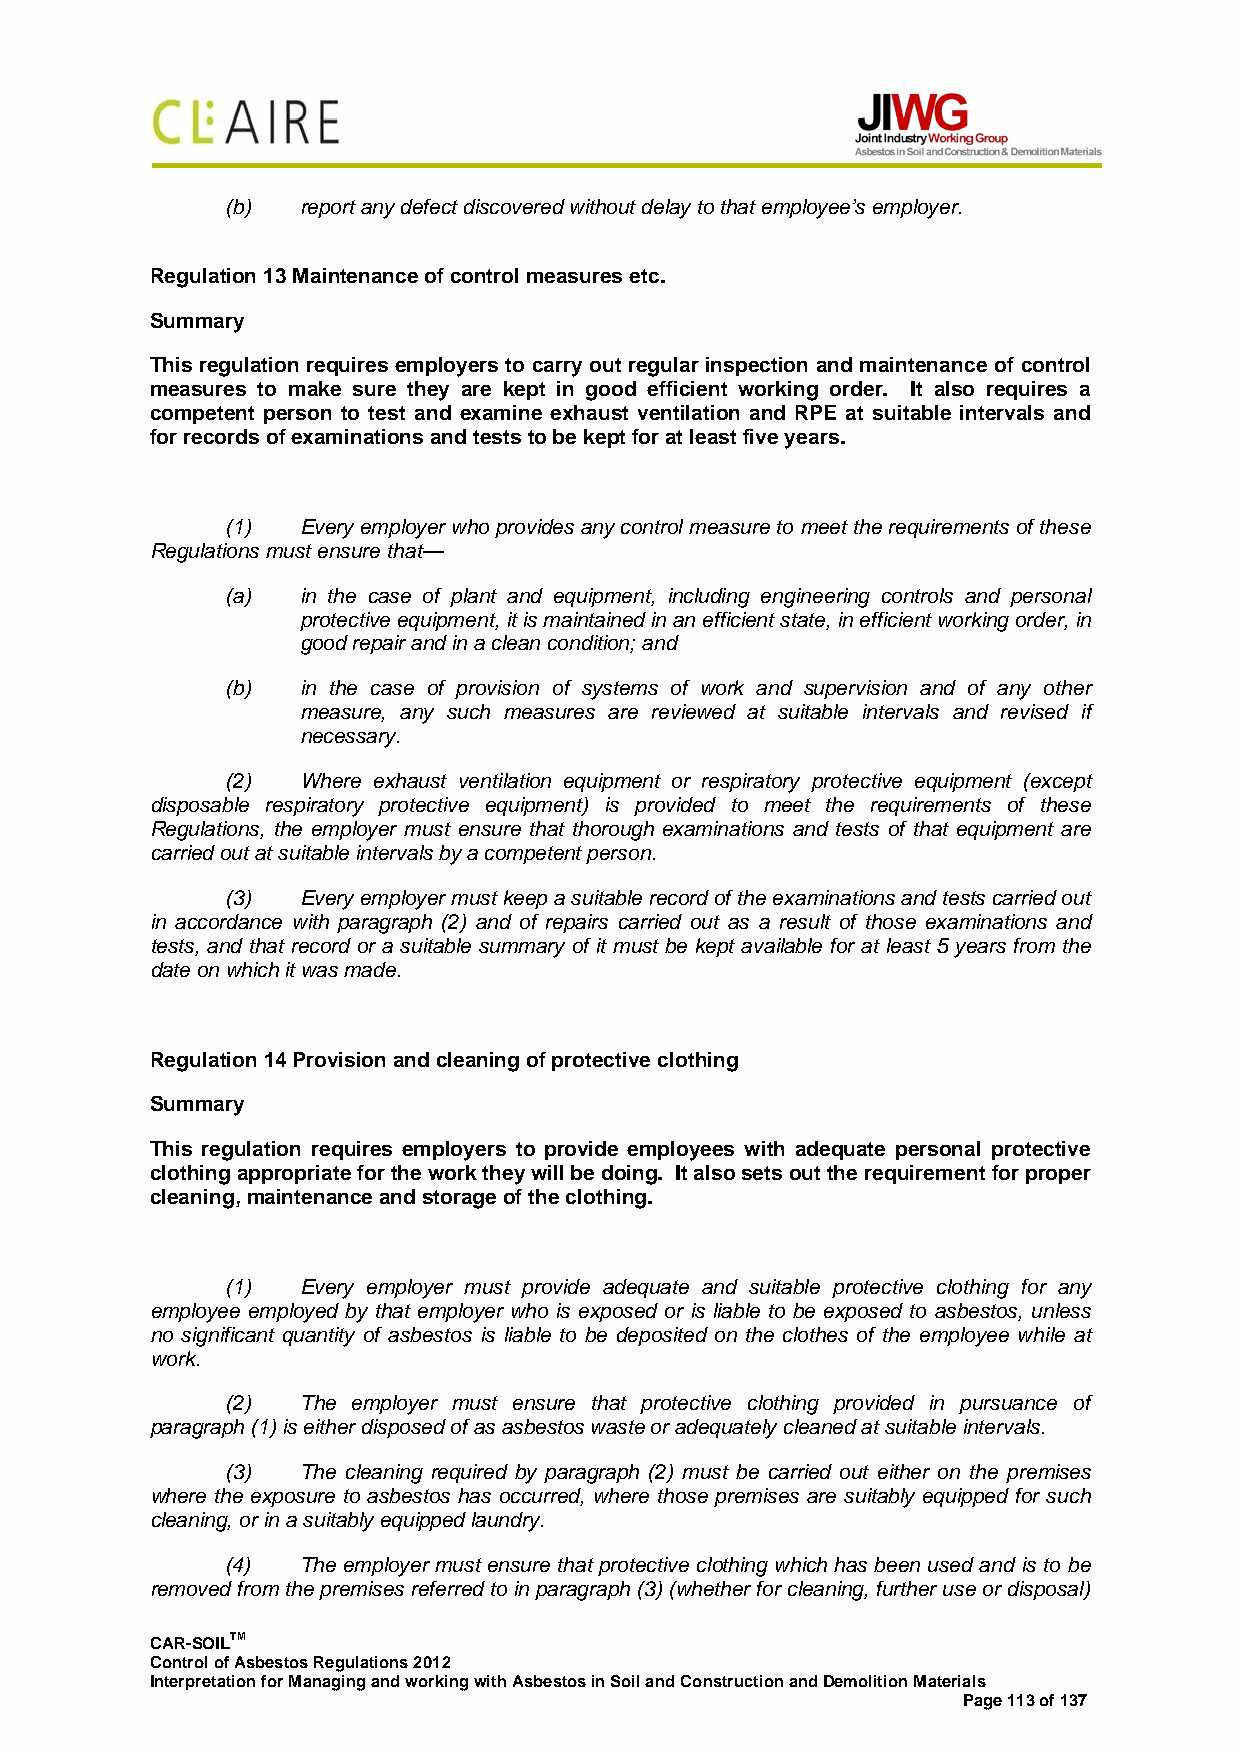
(b)  report any defect discovered without delay to that employee’s employer.
 Regulation 13 Maintenance of control measures etc.
 Summary
 This regulation requires employers to carry out regular inspection and maintenance of control
 measures to make sure they are kept in good efficient working order. It also requires a
 competent person to test and examine exhaust ventilation and RPE at suitable intervals and
 for records of examinations and tests to be kept for at least five years.
 (1)  Every employer who provides any control measure to meet the requirements of these
 Regulations must ensure that—
 (a)  in the case of plant and equipment, including engineering controls and personal
 protective equipment, it is maintained in an efficient state, in efficient working order, in
 good repair and in a clean condition; and
 (b)  in the case of provision of systems of work and supervision and of any other
 measure, any such measures are reviewed at suitable intervals and revised if
 necessary.
 (2)  Where exhaust ventilation equipment or respiratory protective equipment (except
 disposable respiratory protective equipment) is provided to meet the requirements of these
 Regulations, the employer must ensure that thorough examinations and tests of that equipment are
 carried out at suitable intervals by a competent person.
 (3)  Every employer must keep a suitable record of the examinations and tests carried out
 in accordance with paragraph (2) and of repairs carried out as a result of those examinations and
 tests, and that record or a suitable summary of it must be kept available for at least 5 years from the
 date on which it was made.
 Regulation 14 Provision and cleaning of protective clothing
 Summary
 This regulation requires employers to provide employees with adequate personal protective
 clothing appropriate for the work they will be doing. It also sets out the requirement for proper
 cleaning, maintenance and storage of the clothing.
 (1)  Every employer must provide adequate and suitable protective clothing for any
 employee employed by that employer who is exposed or is liable to be exposed to asbestos, unless
 no significant quantity of asbestos is liable to be deposited on the clothes of the employee while at
 work.
 (2)  The employer must ensure that protective clothing provided in pursuance of
 paragraph (1) is either disposed of as asbestos waste or adequately cleaned at suitable intervals.
 (3)  The cleaning required by paragraph (2) must be carried out either on the premises
 where the exposure to asbestos has occurred, where those premises are suitably equipped for such
 cleaning, or in a suitably equipped laundry.
 (4)  The employer must ensure that protective clothing which has been used and is to be
 removed from the premises referred to in paragraph (3) (whether for cleaning, further use or disposal)
 CAR-SOILTM
 Control of Asbestos Regulations 2012
 Interpretation for Managing and working with Asbestos in Soil and Construction and Demolition Materials
 Page 113 of 137